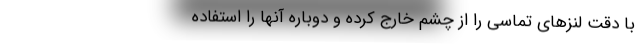
با دقت لنزهای تماسی را از چشم خارج کرده و دوباره آنها را استفاده